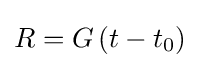
R=G\left(t-t_{0}\right)\,\!